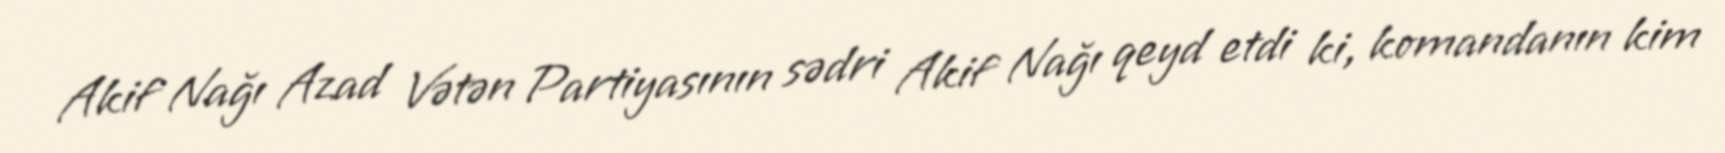
Akif Nağı Azad Vətən Partiyasının sədri Akif Nağı qeyd etdi ki, komandanın kim